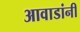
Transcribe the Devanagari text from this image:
आवाडांनी